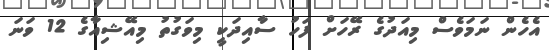
އެހެން ނަމަވެސް މިއަދުގެ ރޭހަށް ފަހު ސާއިދަކީ މިވަގުތު މިއޭޝިއާގެ 12 ވަނަ